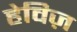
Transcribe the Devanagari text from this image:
हेविज़